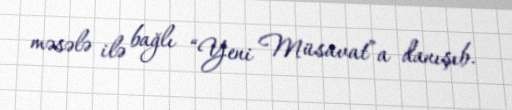
məsələ ilə bağlı “Yeni Müsavat”a danışıb.